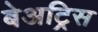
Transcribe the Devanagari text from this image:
बेअट्रिस